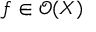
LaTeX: f \in { \mathcal { O } } ( X )